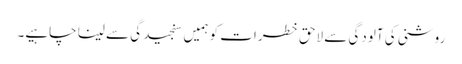
روشنی کی آلودگی سے لاحق خطرات کو ہمیں سنجید گی سے لینا چاہیے۔